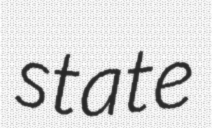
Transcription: state